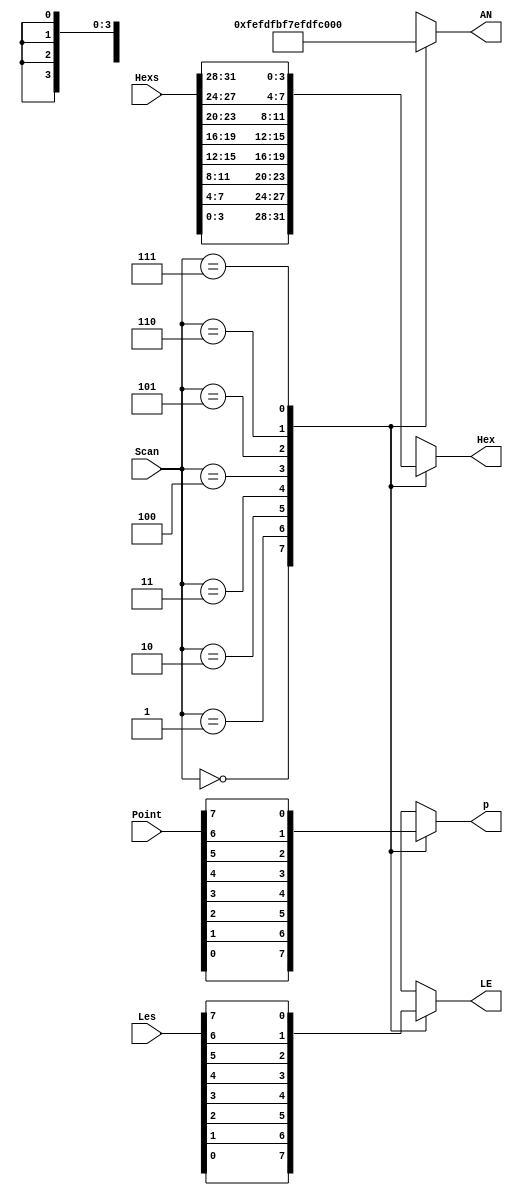
`timescale 1ns / 1ps
module dispsync(input [31:0] Hexs,
                input [2:0] Scan,
                input [7:0] Point,
                input [7:0] Les,
                output reg[3:0] Hex,
                output reg p,
                LE,
                output reg[7:0] AN);
always @* begin
    case (Scan)
        3'b000 : begin
            Hex <= Hexs[3:0];
            AN  <= 8'b11111110;
            p   <= Point[0];
            LE  <= Les[0];
        end
        3'b001 : begin
            Hex <= Hexs[7:4];
            AN  <= 8'b11111101;
            p   <= Point[1];
            LE  <= Les[1];
        end
        3'b010 : begin
            Hex <= Hexs[11:8];
            AN  <= 8'b11111011;
            p   <= Point[2];
            LE  <= Les[2];
        end
        3'b011 : begin
            Hex <= Hexs[15:12];
            AN  <= 8'b11110111;
            p   <= Point[3];
            LE  <= Les[3];
        end
        3'b100 : begin
            Hex <= Hexs[19:16];
            AN  <= 8'b11101111;
            p   <= Point[4];
            LE  <= Les[4];
        end
        3'b101 : begin
            Hex <= Hexs[23:20];
            AN  <= 8'b11011111;
            p   <= Point[5];
            LE  <= Les[5];
        end
        3'b110 : begin
            Hex <= Hexs[27:24];
            AN  <= 8'b10111111;
            p   <= Point[6];
            LE  <= Les[6];
        end
        3'b111 : begin
            Hex <= Hexs[31:28];
            AN  <= 8'b01111111;
            p   <= Point[7];
            LE  <= Les[7];
        end
    endcase
end
endmodule